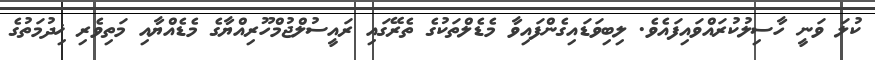
ކުލަ ވަނީ ހާސިލުކުރައްވައިފައެވެ. ލިބިވަޑައިގެންފައިވާ މެޑެލްތަކުގެ ތެރޭގައި ރައީސުލްޖުމްހޫރިއްޔާގެ މެޑެއްޔާއި މަތިވެރި ޚިދުމަތުގެ